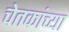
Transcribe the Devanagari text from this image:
चेतकांच्या